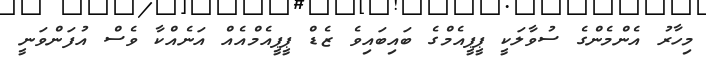
މިހާރު އެންމެންގެ ސުވާލަކީ ޕީޕީއެމްގެ ބައިބައިވެ ޒެޑް ޕީޕީއެމްއެއް އަނެއްކާ ވެސް އުފަންވަނީ